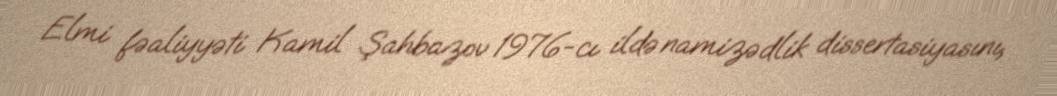
Elmi fəaliyyəti Kamil Şahbazov 1976-cı ildə namizədlik dissertasiyasını,